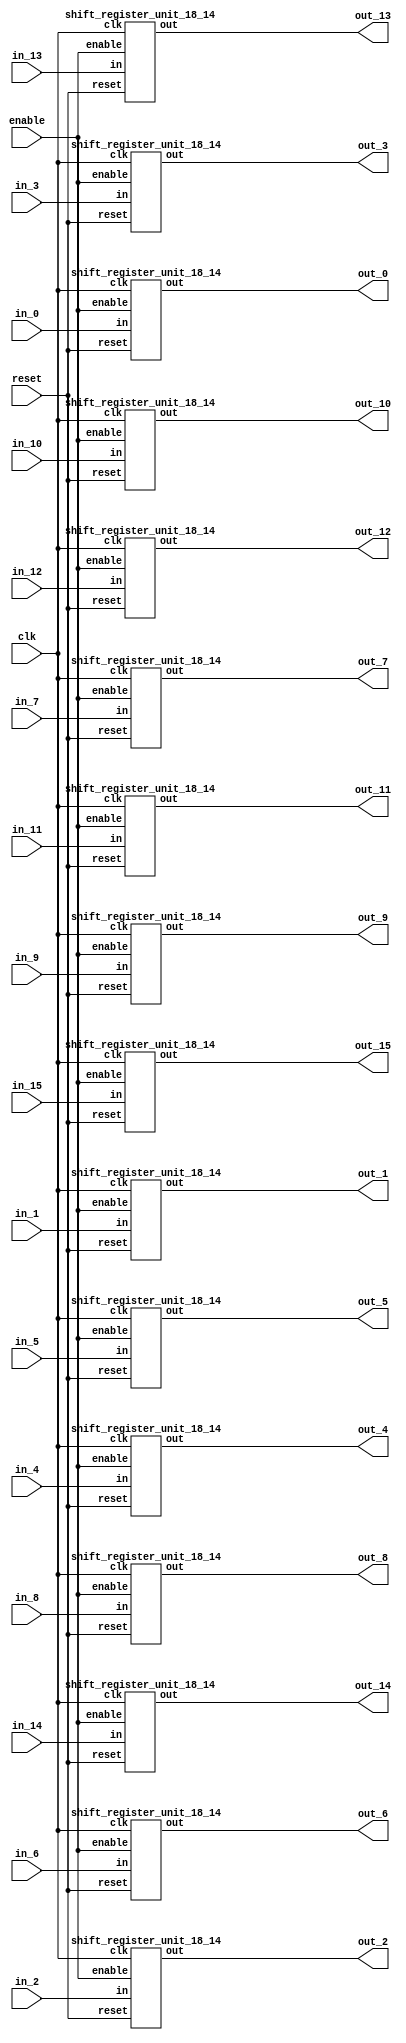
`define SIMULATION_MEMORY

module shift_register_group_18_16_14 (
	input clk,
	input enable,
	input [17:0] in_0,
	output [17:0] out_0,
	input [17:0] in_1,
	output [17:0] out_1,
	input [17:0] in_2,
	output [17:0] out_2,
	input [17:0] in_3,
	output [17:0] out_3,
	input [17:0] in_4,
	output [17:0] out_4,
	input [17:0] in_5,
	output [17:0] out_5,
	input [17:0] in_6,
	output [17:0] out_6,
	input [17:0] in_7,
	output [17:0] out_7,
	input [17:0] in_8,
	output [17:0] out_8,
	input [17:0] in_9,
	output [17:0] out_9,
	input [17:0] in_10,
	output [17:0] out_10,
	input [17:0] in_11,
	output [17:0] out_11,
	input [17:0] in_12,
	output [17:0] out_12,
	input [17:0] in_13,
	output [17:0] out_13,
	input [17:0] in_14,
	output [17:0] out_14,
	input [17:0] in_15,
	output [17:0] out_15,
	input reset
);

shift_register_unit_18_14 shift_register_unit_18_14_inst_0 (
	.clk(clk),
	.reset(reset),
	.enable(enable),
	.in(in_0),
	.out(out_0)
);

shift_register_unit_18_14 shift_register_unit_18_14_inst_1 (
	.clk(clk),
	.reset(reset),
	.enable(enable),
	.in(in_1),
	.out(out_1)
);

shift_register_unit_18_14 shift_register_unit_18_14_inst_2 (
	.clk(clk),
	.reset(reset),
	.enable(enable),
	.in(in_2),
	.out(out_2)
);

shift_register_unit_18_14 shift_register_unit_18_14_inst_3 (
	.clk(clk),
	.reset(reset),
	.enable(enable),
	.in(in_3),
	.out(out_3)
);

shift_register_unit_18_14 shift_register_unit_18_14_inst_4 (
	.clk(clk),
	.reset(reset),
	.enable(enable),
	.in(in_4),
	.out(out_4)
);

shift_register_unit_18_14 shift_register_unit_18_14_inst_5 (
	.clk(clk),
	.reset(reset),
	.enable(enable),
	.in(in_5),
	.out(out_5)
);

shift_register_unit_18_14 shift_register_unit_18_14_inst_6 (
	.clk(clk),
	.reset(reset),
	.enable(enable),
	.in(in_6),
	.out(out_6)
);

shift_register_unit_18_14 shift_register_unit_18_14_inst_7 (
	.clk(clk),
	.reset(reset),
	.enable(enable),
	.in(in_7),
	.out(out_7)
);

shift_register_unit_18_14 shift_register_unit_18_14_inst_8 (
	.clk(clk),
	.reset(reset),
	.enable(enable),
	.in(in_8),
	.out(out_8)
);

shift_register_unit_18_14 shift_register_unit_18_14_inst_9 (
	.clk(clk),
	.reset(reset),
	.enable(enable),
	.in(in_9),
	.out(out_9)
);

shift_register_unit_18_14 shift_register_unit_18_14_inst_10 (
	.clk(clk),
	.reset(reset),
	.enable(enable),
	.in(in_10),
	.out(out_10)
);

shift_register_unit_18_14 shift_register_unit_18_14_inst_11 (
	.clk(clk),
	.reset(reset),
	.enable(enable),
	.in(in_11),
	.out(out_11)
);

shift_register_unit_18_14 shift_register_unit_18_14_inst_12 (
	.clk(clk),
	.reset(reset),
	.enable(enable),
	.in(in_12),
	.out(out_12)
);

shift_register_unit_18_14 shift_register_unit_18_14_inst_13 (
	.clk(clk),
	.reset(reset),
	.enable(enable),
	.in(in_13),
	.out(out_13)
);

shift_register_unit_18_14 shift_register_unit_18_14_inst_14 (
	.clk(clk),
	.reset(reset),
	.enable(enable),
	.in(in_14),
	.out(out_14)
);

shift_register_unit_18_14 shift_register_unit_18_14_inst_15 (
	.clk(clk),
	.reset(reset),
	.enable(enable),
	.in(in_15),
	.out(out_15)
);

endmodule
module shift_register_unit_18_14 (
	input clk,
	input reset,
	input enable,
	input [17:0] in,
	output [17:0] out
);

reg [17:0] shift_registers_0;
reg [17:0] shift_registers_1;
reg [17:0] shift_registers_2;
reg [17:0] shift_registers_3;
reg [17:0] shift_registers_4;
reg [17:0] shift_registers_5;
reg [17:0] shift_registers_6;
reg [17:0] shift_registers_7;
reg [17:0] shift_registers_8;
reg [17:0] shift_registers_9;
reg [17:0] shift_registers_10;
reg [17:0] shift_registers_11;
reg [17:0] shift_registers_12;
reg [17:0] shift_registers_13;
always @ (posedge clk) begin
	if (reset) begin
		shift_registers_0 <= 18'd0;
		shift_registers_1 <= 18'd0;
		shift_registers_2 <= 18'd0;
		shift_registers_3 <= 18'd0;
		shift_registers_4 <= 18'd0;
		shift_registers_5 <= 18'd0;
		shift_registers_6 <= 18'd0;
		shift_registers_7 <= 18'd0;
		shift_registers_8 <= 18'd0;
		shift_registers_9 <= 18'd0;
		shift_registers_10 <= 18'd0;
		shift_registers_11 <= 18'd0;
		shift_registers_12 <= 18'd0;
		shift_registers_13 <= 18'd0;
	end else if (enable) begin
		shift_registers_0 <= in;
		shift_registers_1 <= shift_registers_0;
		shift_registers_2 <= shift_registers_1;
		shift_registers_3 <= shift_registers_2;
		shift_registers_4 <= shift_registers_3;
		shift_registers_5 <= shift_registers_4;
		shift_registers_6 <= shift_registers_5;
		shift_registers_7 <= shift_registers_6;
		shift_registers_8 <= shift_registers_7;
		shift_registers_9 <= shift_registers_8;
		shift_registers_10 <= shift_registers_9;
		shift_registers_11 <= shift_registers_10;
		shift_registers_12 <= shift_registers_11;
		shift_registers_13 <= shift_registers_12;
	end
end

assign out = shift_registers_13;

endmodule